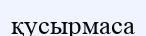
қусырмаса